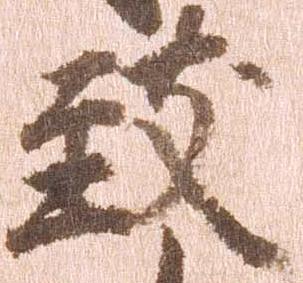
致